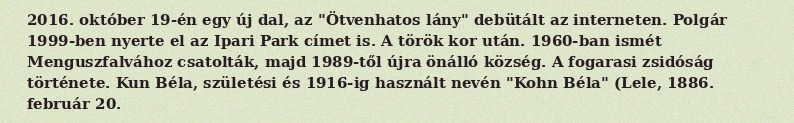
2016. október 19-én egy új dal, az "Ötvenhatos lány" debütált az interneten. Polgár 1999-ben nyerte el az Ipari Park címet is. A török kor után. 1960-ban ismét Menguszfalvához csatolták, majd 1989-től újra önálló község. A fogarasi zsidóság története. Kun Béla, születési és 1916-ig használt nevén "Kohn Béla" (Lele, 1886. február 20.